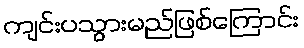
ကျင်းပသွားမည်ဖြစ်ကြောင်း